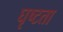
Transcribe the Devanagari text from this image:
घृष्टता